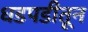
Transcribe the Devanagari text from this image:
धडपडीतून